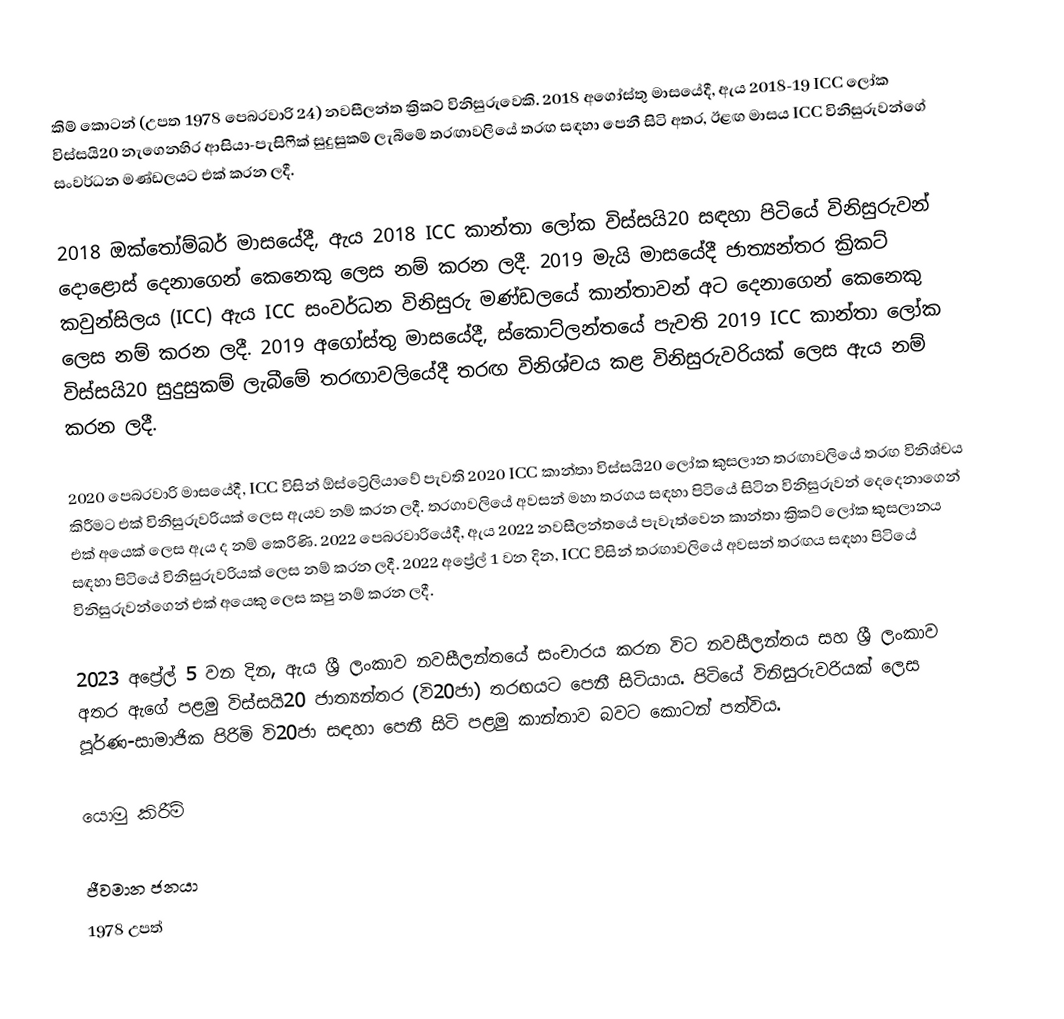
කිම් කොටන් (උපත 1978 පෙබරවාරි 24) නවසීලන්ත ක්‍රිකට් විනිසුරුවෙකි. 2018 අගෝස්තු මාසයේදී, ඇය 2018-19 ICC ලෝක විස්සයි20 නැගෙනහිර ආසියා-පැසිෆික් සුදුසුකම් ලැබීමේ තරඟාවලියේ තරඟ සඳහා පෙනී සිටි අතර, ඊළඟ මාසය ICC විනිසුරුවන්ගේ සංවර්ධන මණ්ඩලයට එක් කරන ලදී.

2018 ඔක්තෝම්බර් මාසයේදී, ඇය 2018 ICC කාන්තා ලෝක විස්සයි20 සඳහා පිටියේ විනිසුරුවන් දොළොස් දෙනාගෙන් කෙනෙකු ලෙස නම් කරන ලදී. 2019 මැයි මාසයේදී ජාත්‍යන්තර ක්‍රිකට් කවුන්සිලය (ICC) ඇය ICC සංවර්ධන විනිසුරු මණ්ඩලයේ කාන්තාවන් අට දෙනාගෙන් කෙනෙකු ලෙස නම් කරන ලදී. 2019 අගෝස්තු මාසයේදී, ස්කොට්ලන්තයේ පැවති 2019 ICC කාන්තා ලෝක විස්සයි20 සුදුසුකම් ලැබීමේ තරඟාවලියේදී තරඟ විනිශ්චය කළ විනිසුරුවරියක් ලෙස ඇය නම් කරන ලදී.

2020 පෙබරවාරි මාසයේදී, ICC විසින් ඕස්ට්‍රේලියාවේ පැවති 2020 ICC කාන්තා විස්සයි20 ලෝක කුසලාන තරඟාවලියේ තරඟ විනිශ්චය කිරීමට එක් විනිසුරුවරියක් ලෙස ඇයව නම් කරන ලදී.  තරගාවලියේ අවසන් මහා තරගය සඳහා පිටියේ සිටින විනිසුරුවන් දෙදෙනාගෙන් එක් අයෙක් ලෙස ඇය ද නම් කෙරිණි.  2022 පෙබරවාරියේදී, ඇය 2022 නවසීලන්තයේ පැවැත්වෙන කාන්තා ක්‍රිකට් ලෝක කුසලානය සඳහා පිටියේ විනිසුරුවරියක් ලෙස නම් කරන ලදී.   2022 අප්‍රේල් 1 වන දින, ICC විසින් තරඟාවලියේ අවසන් තරඟය සඳහා පිටියේ විනිසුරුවන්ගෙන් එක් අයෙකු ලෙස කපු නම් කරන ලදී.

2023 අප්‍රේල් 5 වන දින, ඇය ශ්‍රී ලංකාව නවසීලන්තයේ සංචාරය කරන විට නවසීලන්තය සහ ශ්‍රී ලංකාව අතර ඇගේ පළමු විස්සයි20 ජාත්‍යන්තර (වි20ජා) තරඟයට පෙනී සිටියාය.  පිටියේ විනිසුරුවරියක් ලෙස පූර්ණ-සාමාජික පිරිමි වි20ජා සඳහා පෙනී සිටි පළමු කාන්තාව බවට කොටන් පත්විය.

යොමු කිරීම්

ජීවමාන ජනයා
1978 උපත්